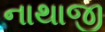
નાથાજી